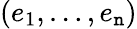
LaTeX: (e_{1},\dots,e_{\mathtt{n}})